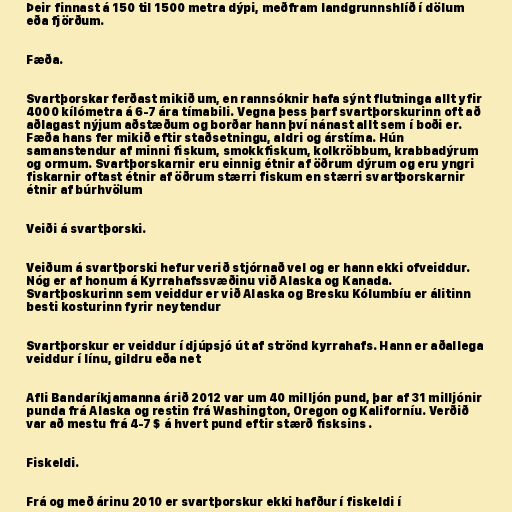
Þeir finnast á 150 til 1500 metra dýpi, meðfram landgrunnshlíð í dölum
eða fjörðum.

Fæða.

Svartþorskar ferðast mikið um, en rannsóknir hafa sýnt flutninga allt yfir
4000 kílómetra á 6-7 ára tímabili. Vegna þess þarf svartþorskurinn oft að
aðlagast nýjum aðstæðum og borðar hann því nánast allt sem í boði er.
Fæða hans fer mikið eftir staðsetningu, aldri og árstíma. Hún
samanstendur af minni fiskum, smokkfiskum, kolkröbbum, krabbadýrum
og ormum. Svartþorskarnir eru einnig étnir af öðrum dýrum og eru yngri
fiskarnir oftast étnir af öðrum stærri fiskum en stærri svartþorskarnir
étnir af búrhvölum

Veiði á svartþorski.

Veiðum á svartþorski hefur verið stjórnað vel og er hann ekki ofveiddur.
Nóg er af honum á Kyrrahafssvæðinu við Alaska og Kanada.
Svartþoskurinn sem veiddur er við Alaska og Bresku Kólumbíu er álitinn
besti kosturinn fyrir neytendur

Svartþorskur er veiddur í djúpsjó út af strönd kyrrahafs. Hann er aðallega
veiddur í línu, gildru eða net

Afli Bandaríkjamanna árið 2012 var um 40 milljón pund, þar af 31 milljónir
punda frá Alaska og restin frá Washington, Oregon og Kaliforníu. Verðið
var að mestu frá 4-7 $ á hvert pund eftir stærð fisksins .

Fiskeldi.

Frá og með árinu 2010 er svartþorskur ekki hafður í fiskeldi í